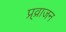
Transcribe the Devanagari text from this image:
प्र्व्राजन